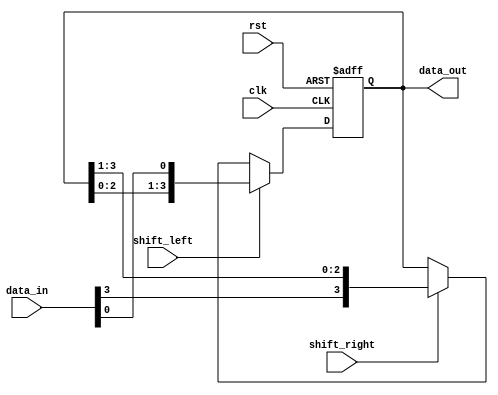
module UniversalShiftRegister(
    input clk,      // Clock input
    input rst,      // Reset input
    input shift_left, // Shift left control input
    input shift_right, // Shift right control input
    input [3:0] data_in, // Data input
    output reg [3:0] data_out // Data output
);

// Initialize internal signals
reg [3:0] shift_reg;

// Shift register logic
always @(posedge clk or posedge rst) begin
    if (rst) begin
        shift_reg <= 4'b0000; // Reset shift register
    end else if (shift_left) begin
        shift_reg <= {shift_reg[2:0], data_in[0]}; // Shift left
    end else if (shift_right) begin
        shift_reg <= {data_in[3], shift_reg[3:1]}; // Shift right
    end
end

// Assign data output
assign data_out = shift_reg;

endmodule